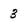
Character: 3